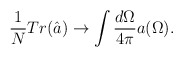
\begin{align*}\frac{1}{N}Tr (\hat{a})\rightarrow \int \frac{d\Omega}{4\pi}a(\Omega).\end{align*}